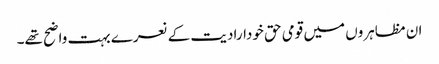
ان مظاہروں میں قومی حق خودارادیت کے نعرے بہت واضح تھے۔